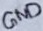
Text: GND